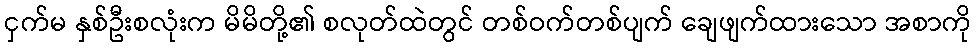
ငှက်မ နှစ်ဦးစလုံးက မိမိတို့၏ စလုတ်ထဲတွင် တစ်ဝက်တစ်ပျက် ချေဖျက်ထားသော အစာကို